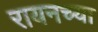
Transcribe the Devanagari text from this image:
रायनच्या